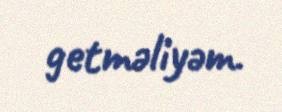
getməliyəm.